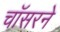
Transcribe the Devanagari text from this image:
चॉसरने